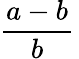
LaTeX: {\frac{a-b}{b}}\,